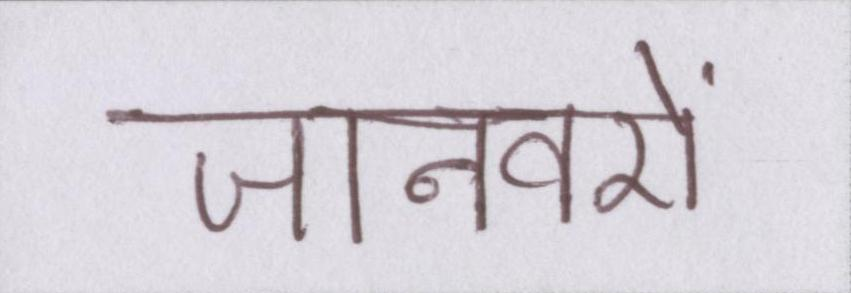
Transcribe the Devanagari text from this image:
जानवरों